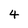
Character: 4